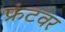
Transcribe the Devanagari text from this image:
फ्रंटवर